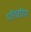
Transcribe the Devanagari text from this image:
पोरवोरम